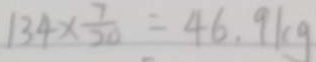
1 3 4 \times \frac { 7 } { 2 0 } = 4 6 . 9 k g